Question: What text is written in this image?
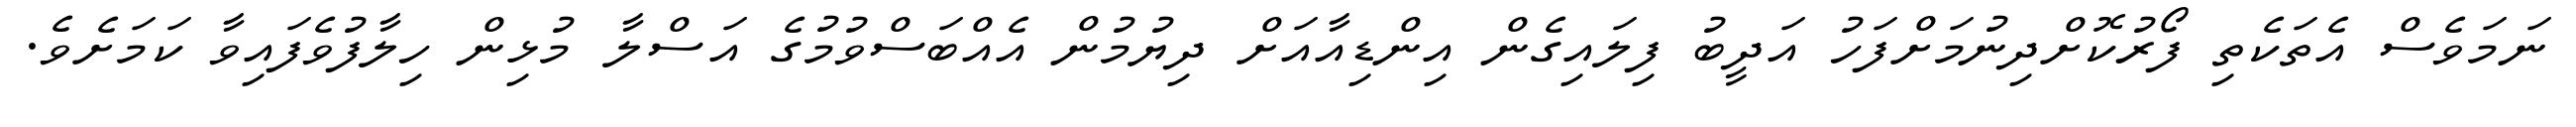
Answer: ނަމަވެސް އެތަކެތި ފޯރުކޮށްދިނުމަށްފަހު އަދީބު ފިލައިގެން އިންޑިއާއަށް ދިޔުމުން އެއްބަސްވުމުގެ އަސްލާ މުޅިން ހިލާފުވެފައިވާ ކަމަށެވެ.